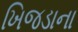
ખિજડાના